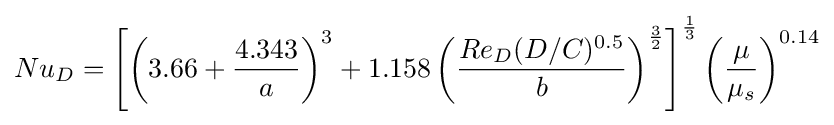
{Nu_{D}=\left[\left(3.66+{4.343 \over a}\right)^{3}+1.158\left({Re_{D}(D/C)^{0.5} \over b}\right)^{3 \over 2}\right]^{1 \over 3}\left({\mu  \over \mu _{s}}\right)^{0.14}}